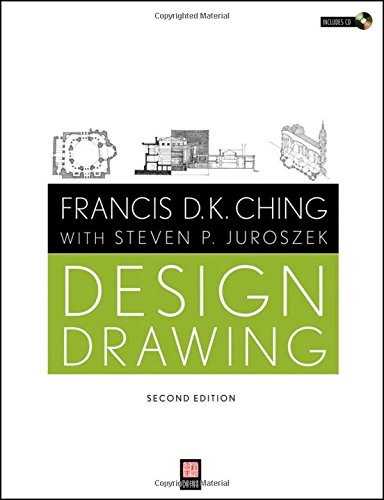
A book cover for Design Drawing; Francis D. K. Ching; Arts & Photography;